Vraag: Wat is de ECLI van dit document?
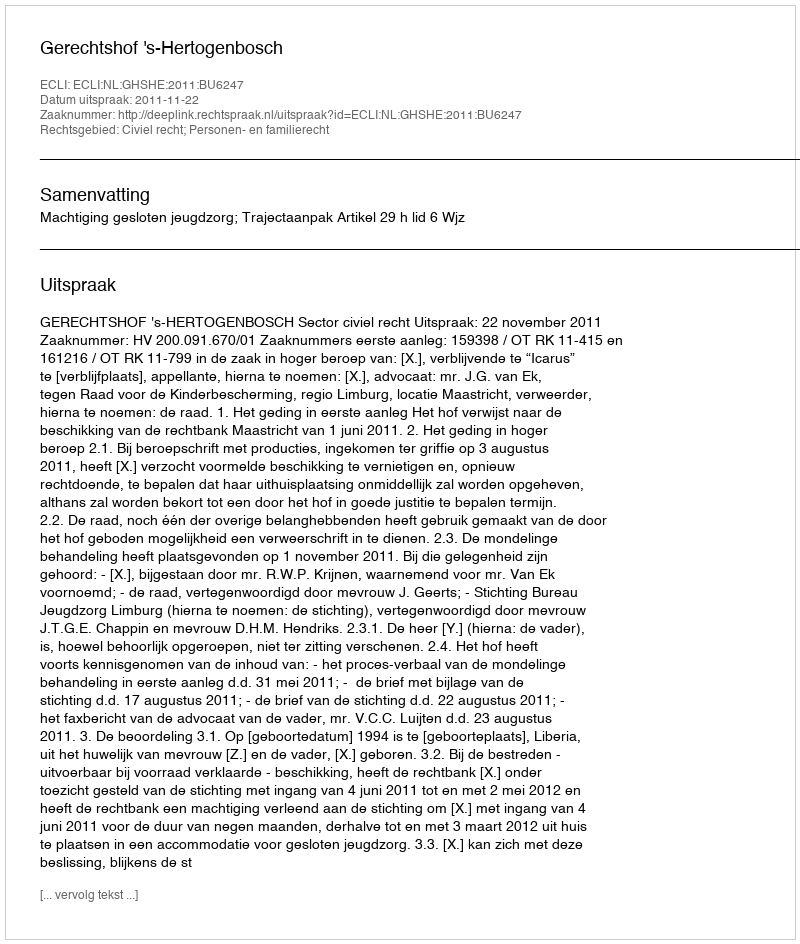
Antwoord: ECLI:NL:GHSHE:2011:BU6247